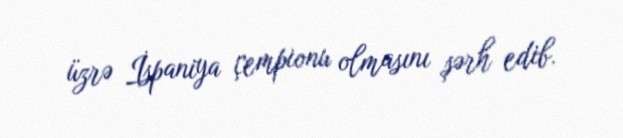
üzrə İspaniya çempionu olmasını şərh edib.